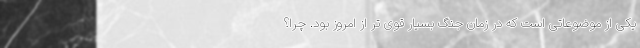
یکی از موضوعاتی است که در زمان جنگ بسیار قوی تر از امروز بود. چرا؟